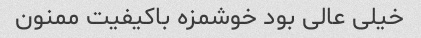
خیلی عالی بود خوشمزه باکیفیت ممنون